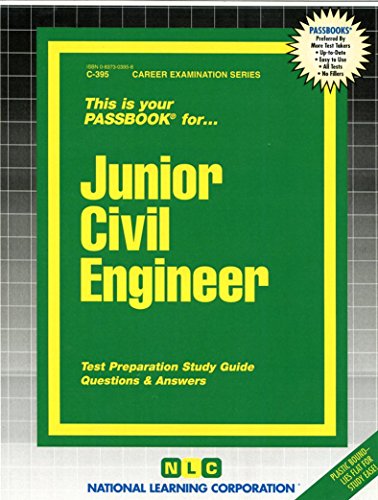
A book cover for Junior Civil Engineer(Passbooks) (Career Examination Series : C-395); Jack Rudman; Test Preparation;